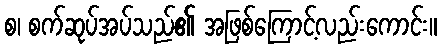
စ၊ စက်ဆုပ်အပ်သည်၏ အဖြစ်ကြောင့်လည်းကောင်း။